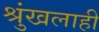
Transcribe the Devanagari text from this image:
श्रुंखलाही